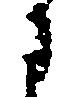
に